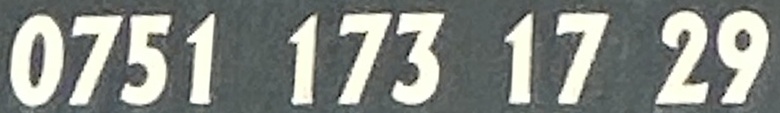
0751 173 17 29